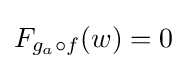
F_{g_{a}\circ f}(w)=0